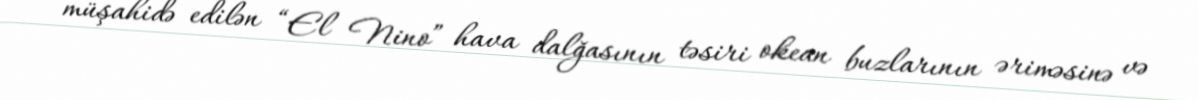
müşahidə edilən “El Nino” hava dalğasının təsiri okean buzlarının əriməsinə və